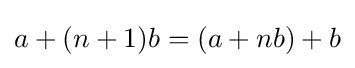
a+(n+1)b=(a+nb)+b